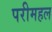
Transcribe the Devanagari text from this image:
परीमहल